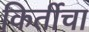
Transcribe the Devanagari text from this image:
किर्तीचा